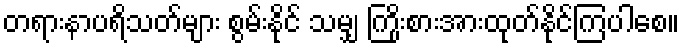
တရားနာပရိသတ်များ စွမ်းနိုင် သမျှ ကြိုးစားအားထုတ်နိုင်ကြပါစေ။